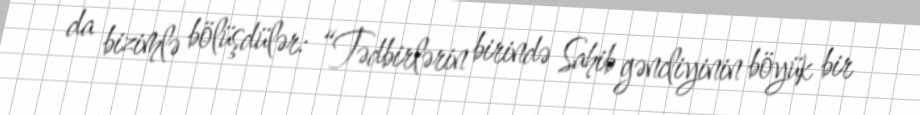
da bizimlə bölüşdülər: “Tədbirlərin birində Sahib gəncliyinin böyük bir